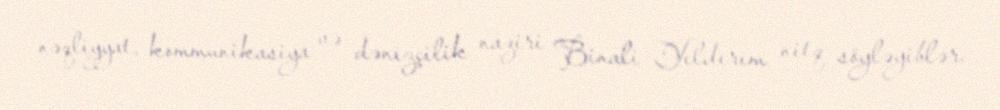
nəqliyyat, kommunikasiya və dənizçilik naziri Binali Yıldırım nitq söyləyiblər.